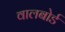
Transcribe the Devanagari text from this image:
वालबोर्ड